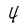
Character: 4